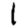
Digit: 1